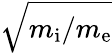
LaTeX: \sqrt{m_{\mathrm{i}}/m_{\mathrm{e}}}